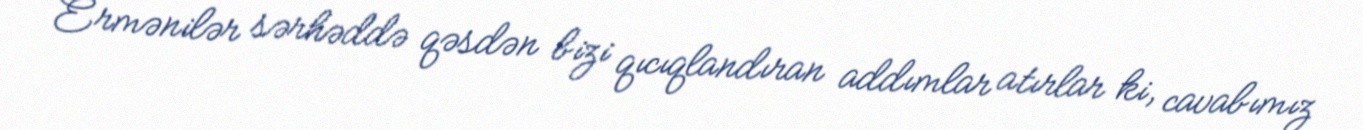
Ermənilər sərhəddə qəsdən bizi qıcıqlandıran addımlar atırlar ki, cavabımız